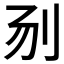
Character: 𰄝